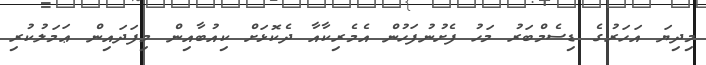
މިދިޔަ އަހަރުގެ ޑިސެމްބަރު މަހު ފެށުނުފަހުން އެމެރިކާއާ ދެކޮޅަށް ކިއުބާއިން މިފަދައިން ޢަމަލުކުރި